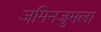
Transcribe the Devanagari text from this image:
जमिनजुमला